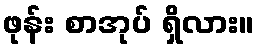
ဖုန်း စာအုပ် ရှိလား။